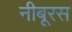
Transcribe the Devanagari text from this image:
नीबूरस